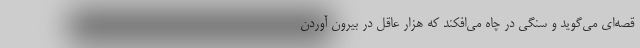
قصه‌ای می‌گوید و سنگی در چاه می‌افکند که هزار عاقل در بیرون آوردن